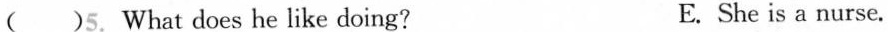
( )5. What does he like doing? E. She is a nurse.